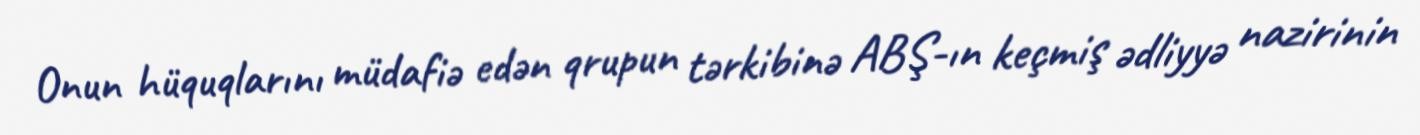
Onun hüquqlarını müdafiə edən qrupun tərkibinə ABŞ-ın keçmiş ədliyyə nazirinin